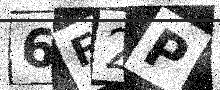
Text: 6F2P